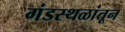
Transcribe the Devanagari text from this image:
गंडस्थळांतून